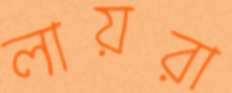
লায়রা